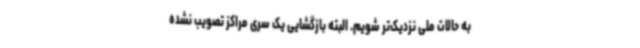
به حالات ملی نزدیک‌تر شویم. البته بازگشایی یک سری مراکز تصویب نشده